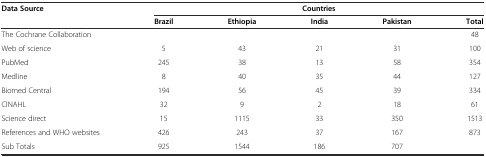
<table><thead><tr><td><b>Data Source</b></td><td colspan="5"><b>Countries</b></td></tr><tr><td></td><td><b>Brazil</b></td><td><b>Ethiopia</b></td><td><b>India</b></td><td><b>Pakistan</b></td><td><b>Total</b></td></tr></thead><tbody><tr><td>The Cochrane Collaboration</td><td></td><td></td><td></td><td></td><td>48</td></tr><tr><td>Web of science</td><td>5</td><td>43</td><td>21</td><td>31</td><td>100</td></tr><tr><td>PubMed</td><td>245</td><td>38</td><td>13</td><td>58</td><td>354</td></tr><tr><td>Medline</td><td>8</td><td>40</td><td>35</td><td>44</td><td>127</td></tr><tr><td>Biomed Central</td><td>194</td><td>56</td><td>45</td><td>39</td><td>334</td></tr><tr><td>CINAHL</td><td>32</td><td>9</td><td>2</td><td>18</td><td>61</td></tr><tr><td>Science direct</td><td>15</td><td>1115</td><td>33</td><td>350</td><td>1513</td></tr><tr><td>References and WHO websites</td><td>426</td><td>243</td><td>37</td><td>167</td><td>873</td></tr><tr><td>Sub Totals</td><td>925</td><td>1544</td><td>186</td><td>707</td><td></td></tr></tbody></table>